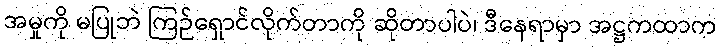
အမှုကို မပြုဘဲ ကြဉ်ရှောင်လိုက်တာကို ဆိုတာပါပဲ၊ ဒီနေရာမှာ အဋ္ဌကထာက